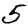
Digit: 5